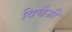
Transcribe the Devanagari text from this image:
बिचैजी